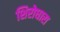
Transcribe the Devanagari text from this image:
शिरोधारा